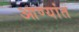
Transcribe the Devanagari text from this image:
आण्यांत